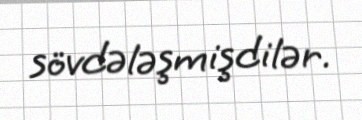
sövdələşmişdilər.